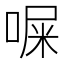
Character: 𪡨